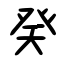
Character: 癸